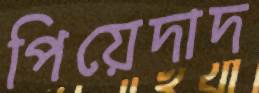
পিয়েদাদ